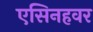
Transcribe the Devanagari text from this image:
एसिनहवर